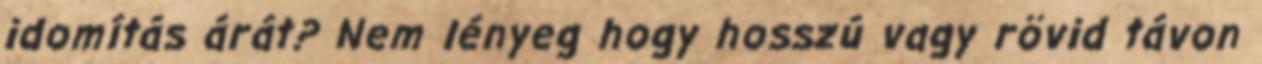
idomítás árát? Nem lényeg hogy hosszú vagy rövid távon